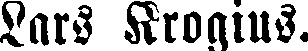
Lars Krogius.